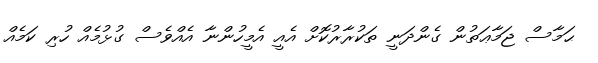
ޙަމާސް ޖަމާޢަތުން ގެންދަނީ ތަކުރާރުކޮށް އެއީ އެމީހުންނާ އެއްވެސް ގުޅުމެއް ހުރި ކަމެއް